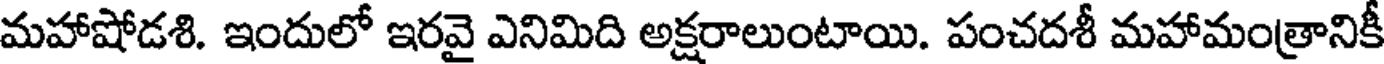
మహాషోడశి. ఇందులో ఇరవై ఎనిమిది అక్షరాలుంటాయి. పంచదశీ మహామంత్రానికీ